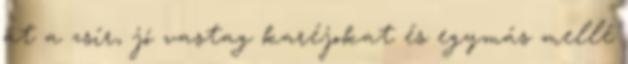
át a zsír, jó vastag karéjokat és egymás mellé